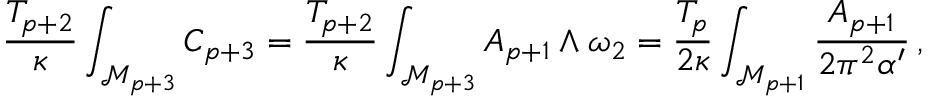
\frac { T _ { p + 2 } } { \kappa } \int _ { \mathcal { M } _ { p + 3 } } C _ { p + 3 } = \frac { T _ { p + 2 } } { \kappa } \int _ { \mathcal { M } _ { p + 3 } } A _ { p + 1 } \wedge \omega _ { 2 } = \frac { T _ { p } } { 2 \kappa } \int _ { \mathcal { M } _ { p + 1 } } \frac { A _ { p + 1 } } { 2 \pi ^ { 2 } \alpha ^ { \prime } } \, ,